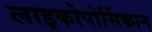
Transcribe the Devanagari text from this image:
लाइकोपोर्सिकान